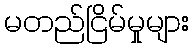
မတည်ငြိမ်မှုများ